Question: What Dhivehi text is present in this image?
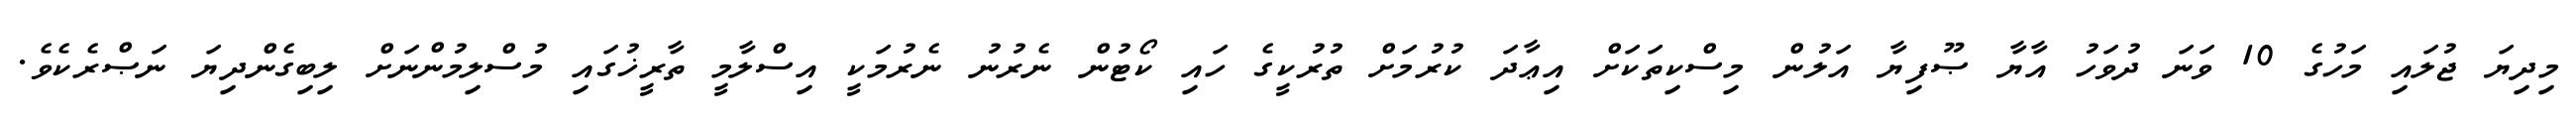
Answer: މިދިޔަ ޖުލައި މަހުގެ 10 ވަނަ ދުވަހު އާޔާ ޞޫފިޔާ އަލުން މިސްކިތަކަށް އިޢާދަ ކުރުމަށް ތުރުކީގެ ހައި ކޯޓުން ނެރުނު ނެރުމަކީ އިސްލާމީ ތާރީޚުގައި މުސްލިމުންނަށް ލިބިގެންދިޔަ ނަޞްރެކެވެ.